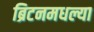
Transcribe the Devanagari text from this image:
ब्रिटनमधल्या